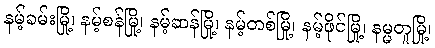
နမ့်ခမ်းမြို့၊ နမ့်စန်မြို့၊ နမ့်ဆန်မြို့၊ နမ့်တစ်မြို့၊ နမ့်ဖိုင်မြို့၊ နမ္မတူမြို့၊